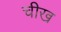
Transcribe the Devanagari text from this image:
चीख